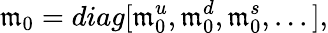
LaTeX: \mathfrak{m}_{0}=diag[\mathfrak{m}_{0}^{u},\mathfrak{m}_{0}^{d},\mathfrak{m}_{0}^{s},...],